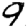
Digit: 9